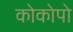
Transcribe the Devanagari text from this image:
कोकोपो